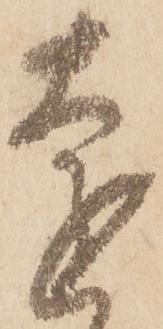
遠